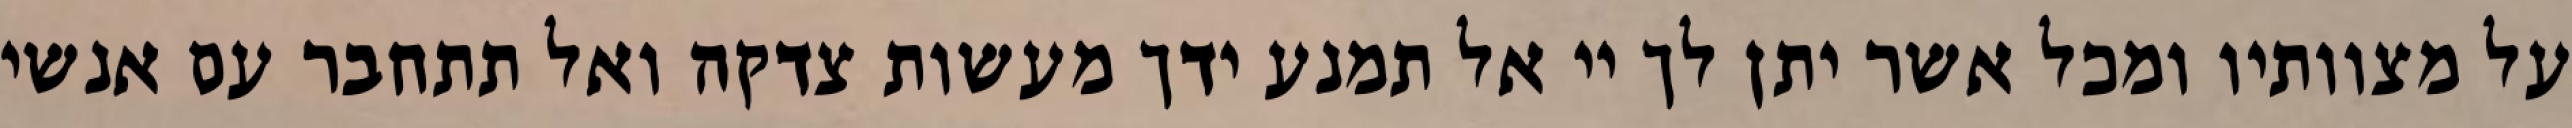
על מצוותיו ומכל אשר יתן לך יי אל תמנע ידך מעשות צדקה ואל תתחבר עם אנשי